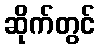
ဆိုက်တွင်